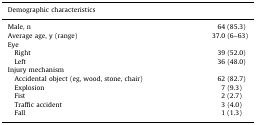
<table><thead><tr><td><b>Demographic characteristics</b></td><td></td></tr></thead><tbody><tr><td>Male, n</td><td>64 (85.3)</td></tr><tr><td>Average age, y (range)</td><td>37.0 (6–63)</td></tr><tr><td>Eye</td><td></td></tr><tr><td> Right</td><td>39 (52.0)</td></tr><tr><td> Left</td><td>36 (48.0)</td></tr><tr><td>Injury mechanism</td><td></td></tr><tr><td> Accidental object (eg, wood, stone, chair)</td><td>62 (82.7)</td></tr><tr><td> Explosion</td><td>7 (9.3)</td></tr><tr><td> Fist</td><td>2 (2.7)</td></tr><tr><td> Traffic accident</td><td>3 (4.0)</td></tr><tr><td> Fall</td><td>1 (1.3)</td></tr></tbody></table>